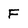
Character: F